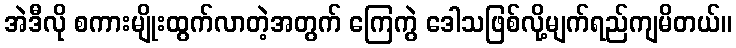
အဲဒီလို စကားမျိုးထွက်လာတဲ့အတွက် ကြေကွဲ ဒေါသဖြစ်လို့မျက်ရည်ကျမိတယ်။